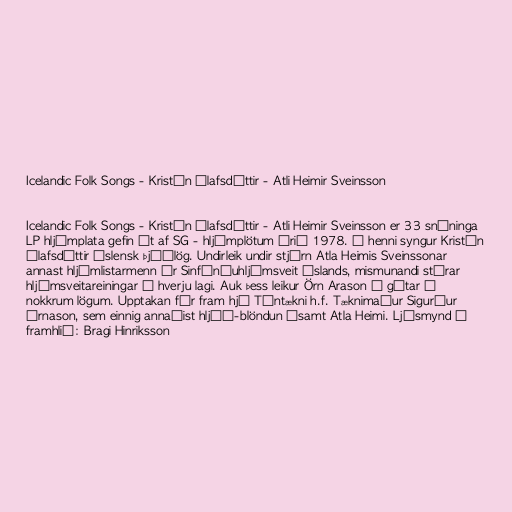
Icelandic Folk Songs - Kristín Ólafsdóttir - Atli Heimir Sveinsson

Icelandic Folk Songs - Kristín Ólafsdóttir - Atli Heimir Sveinsson er 33 snúninga
LP hljómplata gefin út af SG - hljómplötum árið 1978. Á henni syngur Kristín
Ólafsdóttir íslensk þjóðlög. Undirleik undir stjórn Atla Heimis Sveinssonar
annast hljómlistarmenn úr Sinfóníuhljómsveit Íslands, mismunandi stórar
hljómsveitareiningar í hverju lagi. Auk þess leikur Örn Arason á gítar í
nokkrum lögum. Upptakan fór fram hjá Tóntækni h.f. Tæknimaður Sigurður
Árnason, sem einnig annaðist hljóð-blöndun ásamt Atla Heimi. Ljósmynd á
framhlið: Bragi Hinriksson